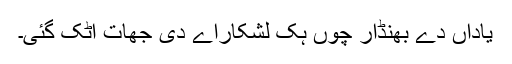
یاداں دے بھنڈار چوں ہک لشکاراے دی جھات اٹک گئی۔